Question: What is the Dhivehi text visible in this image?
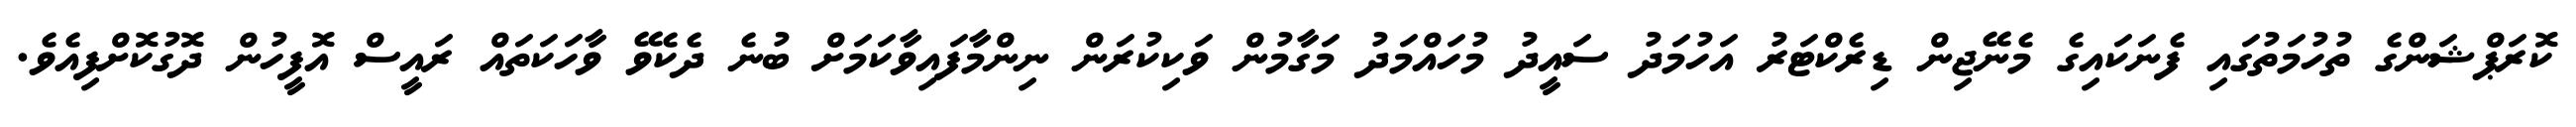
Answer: ކޮރަޕްޝަންގެ ތުހުމަތުގައި ފެނަކައިގެ މެނޭޖިން ޑިރެކްޓަރު އަހުމަދު ސައީދު މުހައްމަދު މަގާމުން ވަކިކުރަން ނިންމާފައިވާކަމަށް ބުނެ ދެކެވޭ ވާހަކަތައް ރައީސް އޮފީހުން ދޮގުކޮށްފިއެވެ.